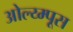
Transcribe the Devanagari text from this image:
ओल्य्म्पूस